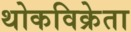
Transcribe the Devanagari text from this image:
थोकविक्रेता